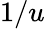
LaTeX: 1/u